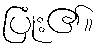
ပြုံး၏။